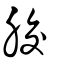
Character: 胶